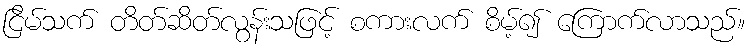
ငြိမ်သက် တိတ်ဆိတ်လွန်းသဖြင့် စကားလက် စိမ့်၍ ကြောက်လာသည်။